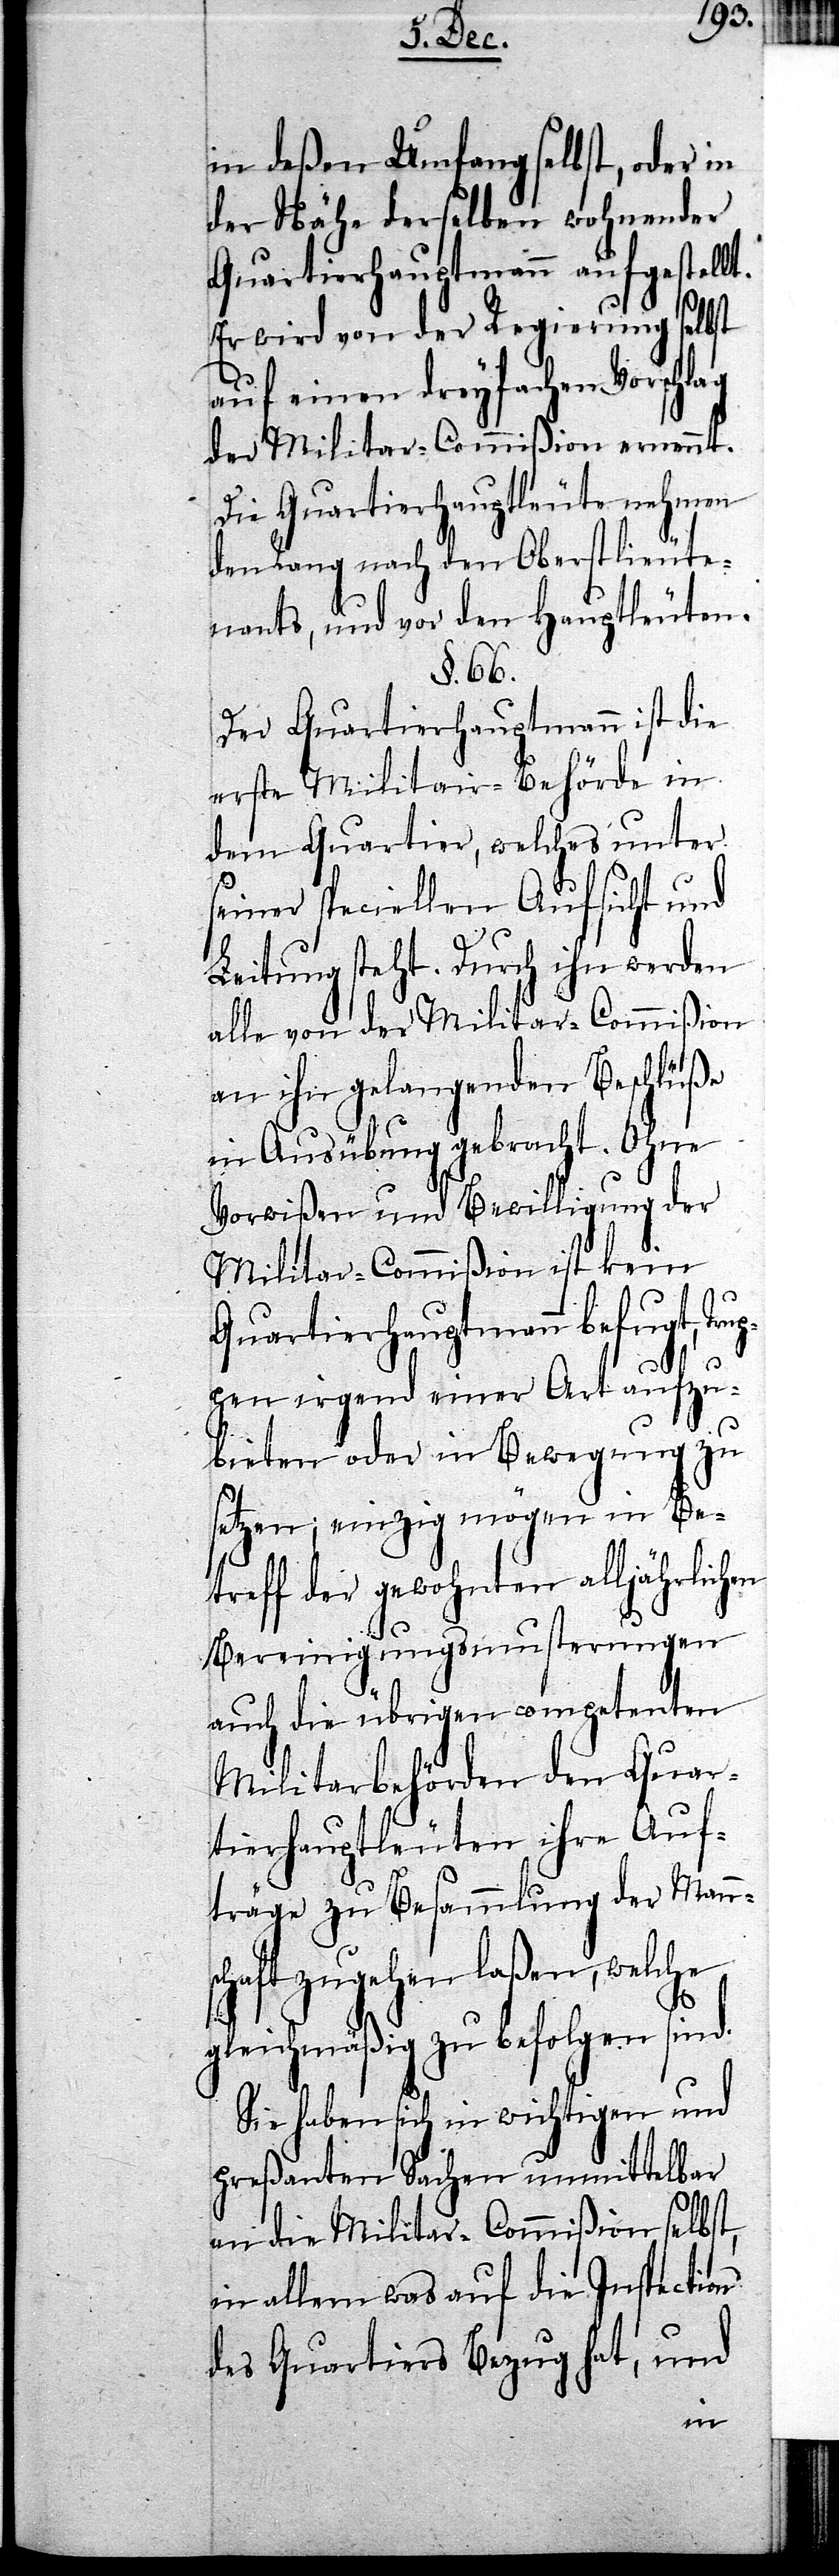
in deßen Umfang selbst, oder in
der Nähe derselben wohnender
Quartierhauptmann aufgestellt.
Er wird von der Regierung selbst
auf einen dreyfachen Vorschlag
der Militar-Commißion ernennt.
die Quartierhauptleute nehmen
den Rang nach den Oberstlieute¬
nants, und vor den Hauptleuten.
§. 66.
Der Quartierhauptmann ist die
erste Militair-Behörde in
dem Quartier, welches unter
seiner speciellen Aufsicht und
Leitung steht. Durch ihn werden
alle von der Militar-Commißion
an ihn gelangenden Beschlüße
in Ausübung gebracht. Ohne
Vorwißen und Bewilligung der
Militar-Commißion ist kein
Quartierhauptmann befugt, Trup¬
pen irgend einer Art aufzu¬
bieten oder in Bewegung zu
setzen; einzig mögen in Be¬
treff der gewohnten alljährlichen
Bereinigungsmusterungen
auch die übrigen competenten
Militarbehörden den Quar¬
tierhauptleuten ihre Auf¬
träge zu Besammlung der Man¬
chaft zugehen laßen, welche
gleichmäßig zu befolgen sind.
Sie haben sich in wichtigen und
preßanten Sachen unmittelbar
an die Militar-Commißion selbst,
in allem was auf die Inspection
des Quartiers Bezug hat, und
ns¬